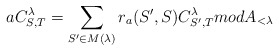
\begin{align*}aC_{S,T}^{\lambda}=\sum_{S'\in M(\lambda)} r_a(S',S)C_{S',T}^{\lambda} mod A_{<\lambda}\end{align*}